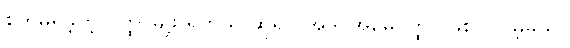
စိတ်မရဲခဲ့တဲ့ ဝတ္ထု မျိုး ရှိတယ် ဆိုရင် အဲဒါ အမေဝတ္ထုပဲဖြစ်ပါလိမ့်မယ်။